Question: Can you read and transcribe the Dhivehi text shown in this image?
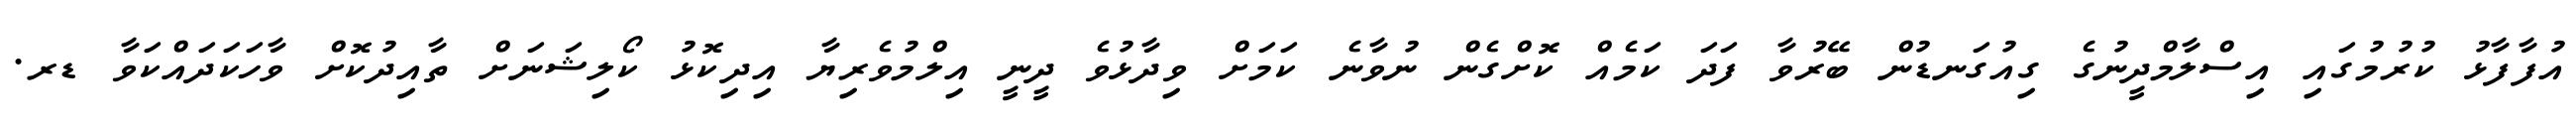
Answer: އުފާފާޅު ކުރުމުގައި އިސްލާމްދީނުގެ ގިއުގަނޑުން ބޭރުވާ ފަދަ ކަމެއް ކޮށްގެން ނުވާނެ ކަމަށް ވިދާޅުވެ ދީނީ އިލްމުވެރިޔާ އިދިކޮޅު ކޯލިޝަނަށް ތާއިދުކޮށް ވާހަކަދައްކަވާ ޑރ.